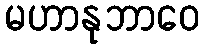
မဟာနုဘာဝေ